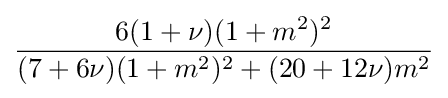
{\frac {6(1+\nu )(1+m^{2})^{2}}{(7+6\nu )(1+m^{2})^{2}+(20+12\nu )m^{2}}}